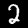
Digit: 2